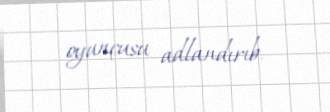
oyunçusu adlandırıb.